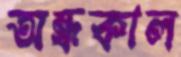
অন্ধকাল